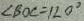
\angle B O C = 1 2 0 ^ { \circ }